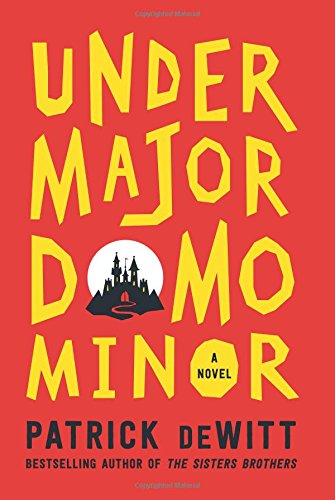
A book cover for Undermajordomo Minor: A Novel; Patrick deWitt; Science Fiction & Fantasy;